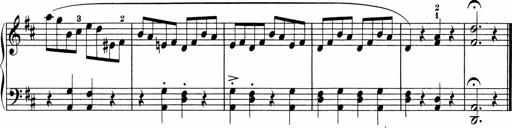
Title: 5 Sonatinen fÃ¼r die Jugend
Composer: Carl Reinecke